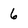
Character: 6